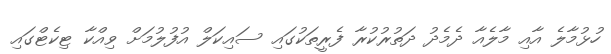
ހުޅުމާލެ އާއި މާލެއާ ދެމެދު ދަތުރުކުރާ ފެރީތަކުގައި ސައިކަލް އުފުލުމަށް ވިއްކާ ޓިކެޓްގައި